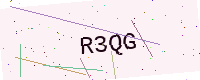
Text: R3QG